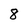
Character: 8